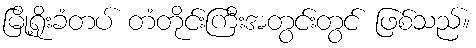
မြို့ရိုးခံတပ် တံတိုင်းကြီးအတွင်းတွင် ဖြစ်သည်။